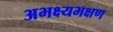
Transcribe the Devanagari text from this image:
अभक्ष्यभक्षण